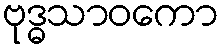
ဗုဒ္ဓသာဝကော